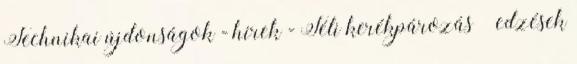
Technikai újdonságok - hírek - Téli kerékpározás – edzések